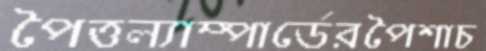
পৈত্তল্যাম্পার্ডেরপৈশাচ